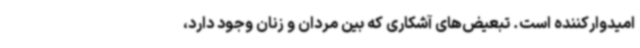
امیدوارکننده است. تبعیض‌های آشکاری که بین مردان و زنان وجود دارد،